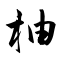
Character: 柚